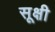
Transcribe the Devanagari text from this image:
सूक्षी